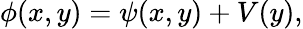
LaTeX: \phi(x,y)=\psi(x,y)+V(y),